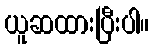
ယူဆထားပြီးပါ။